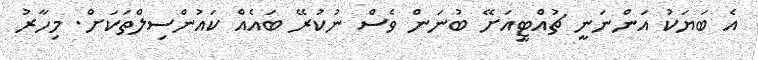
އެ ބަޔަކު އަންނަނީ ޗުއްޓީއަށޭ ބުނަން ވެސް ނުކުރޭ ބައެއް ކައުންސިލްތަކަށް. މިހާރު